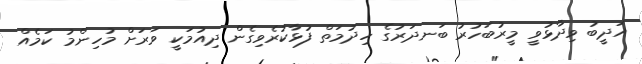
އަދީބު ވިދާޅުވީ މީރުބަހުރު ބަނދަރުގެ ހިދުމަތް ފުޅާކުރެވިގެން ދިއުމަކީ ވަރަށް މުހިންމު ކަމެއް